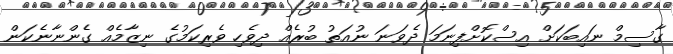
ގާސިމް ނައިބަކަށް އިސްކޮށްފިނަމަ ދެވަނަ ނުއަތު ބުރެއް ދިވެހި ވެރިކަމުގެ ނިޒާމެއް ގެންނާނެކަން